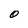
Character: O